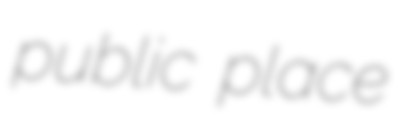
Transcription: public place